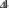
4